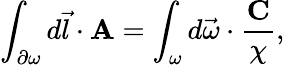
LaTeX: \int_{{\mathbf\partial}\omega}d\vec{l}\cdot{\mathbf A}=\int_{\omega}d\vec{\omega}\cdot\frac{{\mathbf C}}{\chi},